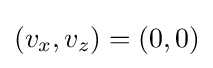
(v_{x},v_{z})=(0,0)